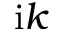
\mathrm { i } k